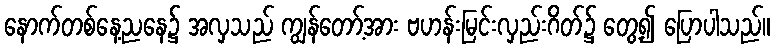
နောက်တစ်နေ့ညနေ၌ အလှသည် ကျွန်တော့်အား ဗဟန်းမြင်းလှည်းဂိတ်၌ တွေ့၍ ပြောပါသည်။